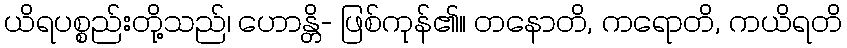
ယိရပစ္စည်းတို့သည်၊ ဟောန္တိ- ဖြစ်ကုန်၏။ တနောတိ, ကရောတိ, ကယိရတိ